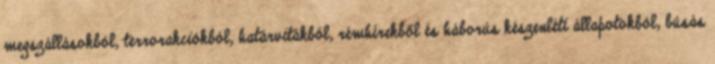
megszállásokból, terrorakciókból, határvitákból, rémhírekből és háborús készenléti állapotokból, búsás